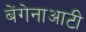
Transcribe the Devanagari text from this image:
बेंगेनाआटी